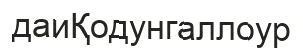
даиҚодунгаллоур